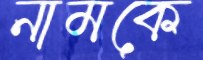
নামকে